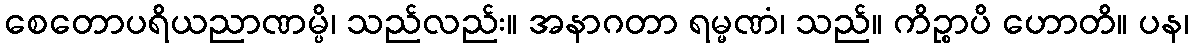
စေတောပရိယညာဏမ္ပိ၊ သည်လည်း။ အနာဂတာ ရမ္မဏံ၊ သည်။ ကိဉ္စာပိ ဟောတိ။ ပန၊